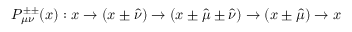
P _ { \mu \nu } ^ { \pm \pm } ( x ) : x \rightarrow ( x \pm \hat { \nu } ) \rightarrow ( x \pm \hat { \mu } \pm \hat { \nu } ) \rightarrow ( x \pm \hat { \mu } ) \rightarrow x